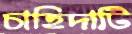
চাহিদাটি